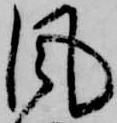
風